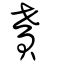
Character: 貰